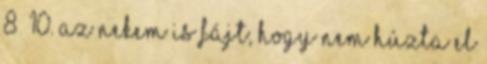
8 10. Az nekem is fájt, hogy nem húzta el